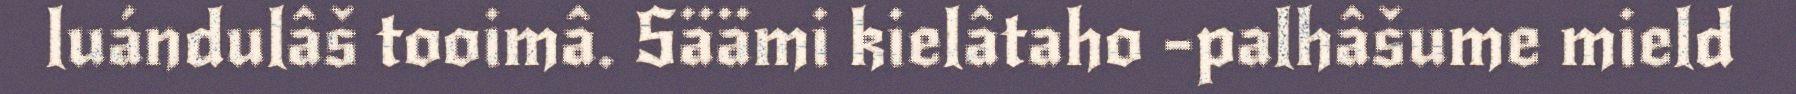
luándulâš tooimâ. Säämi kielâtaho -palhâšume mield